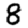
Digit: 8